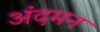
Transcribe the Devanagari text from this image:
अंदमन